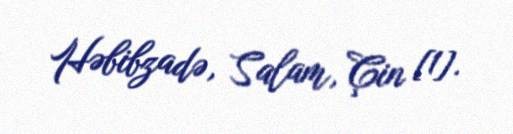
Həbibzadə, Salam, Çin [1].